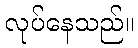
လုပ်နေသည်။